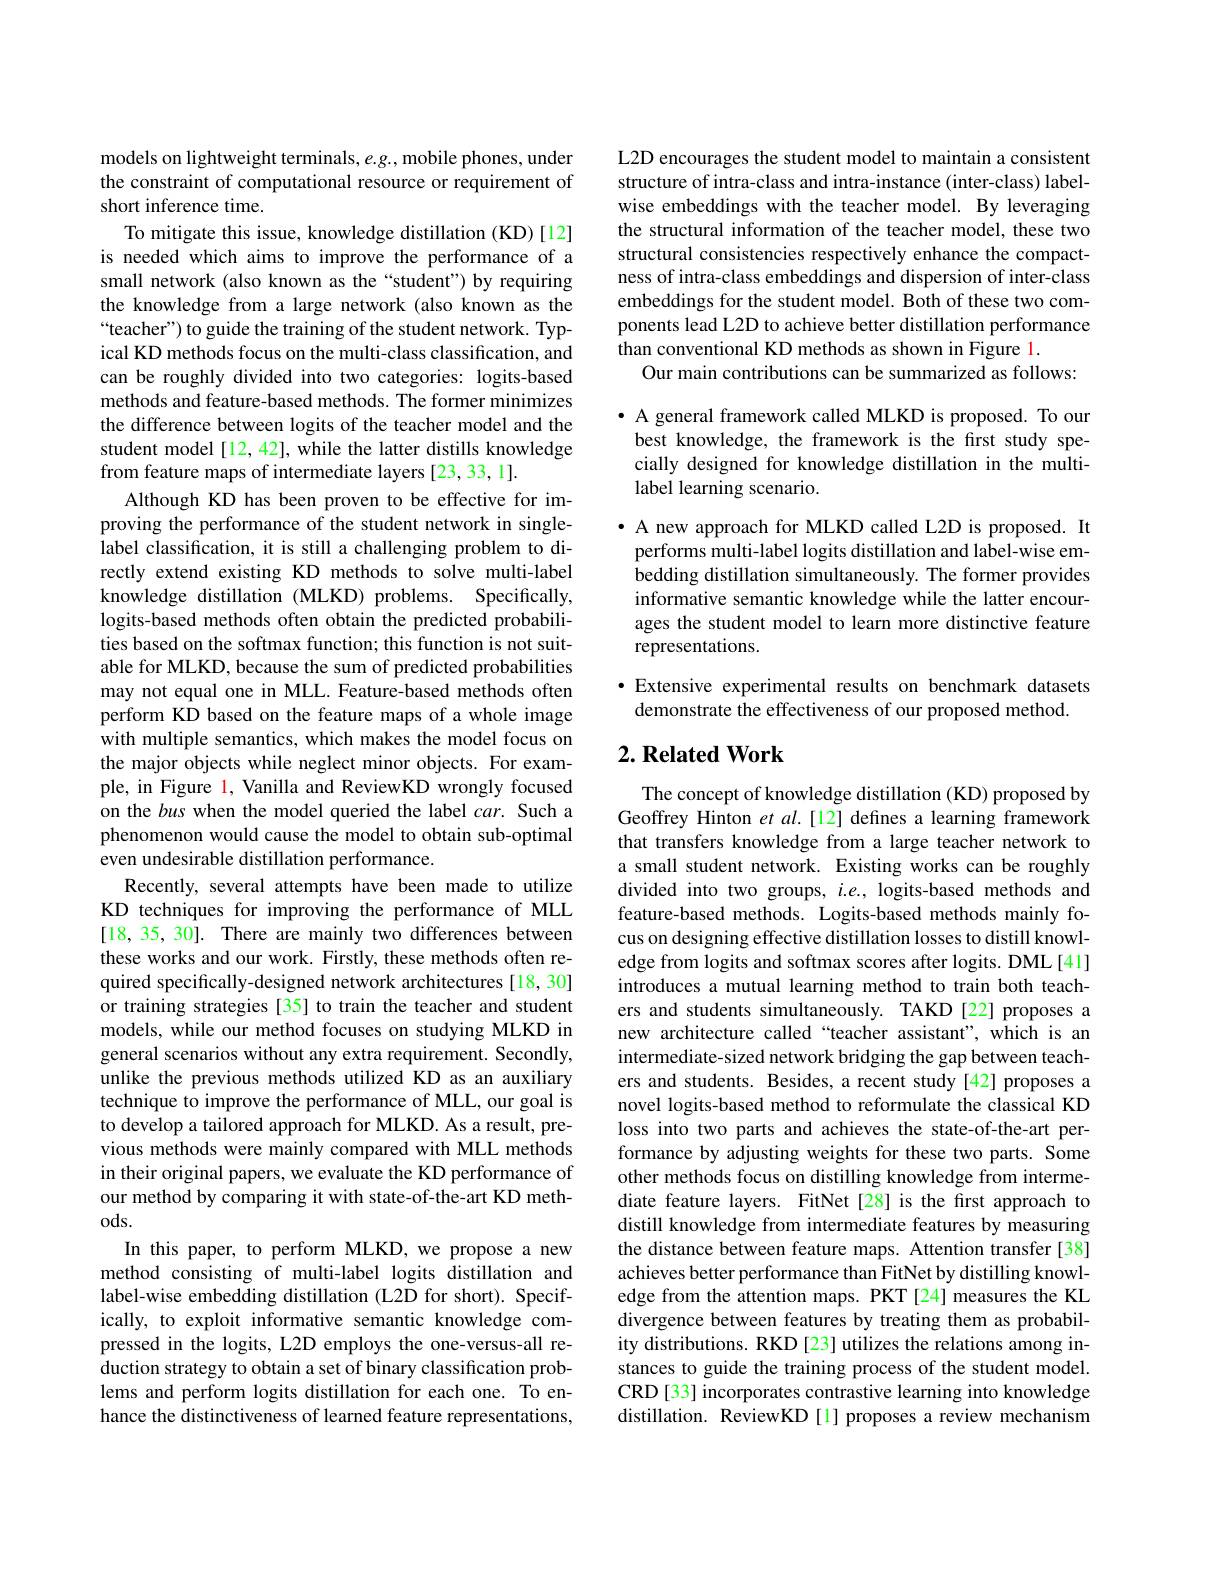
models on lightweight terminals, e.g., mobile phones, under the constraint of computational resource or requirement of short inference time.
To mitigate this issue, knowledge distillation (KD)[12] is needed which aims to improve the performance of a small network (also known as the“student”) by requiring the knowledge from a large network (also known as the “teacher”) to guide the training of the student network. Typical KD methods focus on the multi-class classification, and can be roughly divided into two categories: logits-based methods and feature-based methods. The former minimizes the difference between logits of the teacher model and the student model[12, 42], while the latter distills knowledge from feature maps of intermediate layers [23,33,1].
Although KD has been proven to be effective for improving the performance of the student network in singlelabel classification, it is still a challenging problem to directly extend existing KD methods to solve multi-label knowledge distillation (MLKD) problems. Specifically, logits-based methods often obtain the predicted probabilities based on the softmax function; this function is not suitable for MLKD, because the sum of predicted probabilities may not equal one in MLL. Feature-based methods often perform KD based on the feature maps of a whole image with multiple semantics, which makes the model focus on the major objects while neglect minor objects. For example, in Figure l, Vanilla and ReviewKD wrongly focused on the bus when the model queried the label car. Such a phenomenon would cause the model to obtain sub-optimal even undesirable distillation performance.
Recently, several attempts have been made to utilize KD techniques for improving the performance of MLL [18,35,30]. There are mainly two differences between these works and our work. Firstly, these methods often required specifically-designed network architectures [18, 30] or training strategies [35] to train the teacher and student models, while our method focuses on studying MLKD in general scenarios without any extra requirement. Secondly, unlike the previous methods utilized KD as an auxiliary technique to improve the performance of MLL, our goal is to develop a tailored approach for MLKD. As a result, previous methods were mainly compared with MLL methods in their original papers, we evaluate the KD performance of our method by comparing it with state-of-the-art KD meth- $ods.$
In this paper, to perform MLKD, we propose a new method consisting of multi-label logits distillation and label-wise embedding distillation (L2D for short). Specifically, to exploit informative semantic knowledge compressed in the logits, L2D employs the one-versus-all reduction strategy to obtain a set of binary classification problems and perform logits distillation for each one. To enhance the distinctiveness of learned feature representations,

L2D encourages the student model to maintain a consistent structure of intra-class and intra-instance (inter-class) labelwise embeddings with the teacher model. By leveraging the structural information of the teacher model, these two structural consistencies respectively enhance the compactness of intra-class embeddings and dispersion of inter-class embeddings for the student model. Both of these two components lead L2D to achieve better distillation performance than conventional KD methods as shown in Figure 1.
Our main contributions can be summarized as follows:

· A general framework called MLKD is proposed. To our best knowledge, the framework is the first study specially designed for knowledge distillation in the multilabel learning scenario.

· A new approach for MLKD called L2D is proposed. It
performs multi-label logits distillation and label-wise embedding distillation simultaneously. The former provides informative semantic knowledge while the latter encourages the student model to learn more distinctive feature representations.

·Extensive experimental results on benchmark datasets
demonstrate the effectiveness of our proposed method.

## $2. \textbf{Related Work}$

The concept of knowledge distillation (KD) proposed by Geoffrey Hinton et $al.[12]$ defines a learning framework that transfers knowledge from a large teacher network to a small student network. Existing works can be roughly divided into two groups, $i.e.$, logits-based methods and feature-based methods. Logits-based methods mainly focus on designing effective distillation losses to distill knowledge from logits and softmax scores after logits. DML[41] introduces a mutual learning method to train both teachers and students simultaneously. TAKD [22] proposes a new architecture called“teacher assistant”, which is an intermediate-sized network bridging the gap between teachers and students. Besides, a recent study [42] proposes a novel logits-based method to reformulate the classical KD loss into two parts and achieves the state-of-the-art performance by adjusting weights for these two parts. Some other methods focus on distilling knowledge from intermediate feature layers. FitNet[28] is the first approach to distill knowledge from intermediate features by measuring the distance between feature maps. Attention transfer [38] achieves better performance than FitNet by distilling knowledge from the attention maps. PKT[24] measures the KL divergence between features by treating them as probability distributions. RKD [23] utilizes the relations among instances to guide the training process of the student model. CRD [33] incorporates contrastive learning into knowledge distillation. ReviewKD [l] proposes a review mechanism